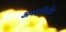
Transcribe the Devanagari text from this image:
अमलीडीह